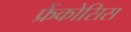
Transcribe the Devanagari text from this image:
फ्रेंकोसिस